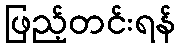
ဖြည့်တင်းရန်